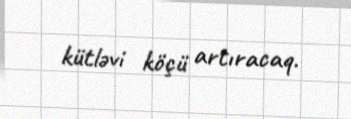
kütləvi köçü artıracaq.